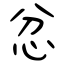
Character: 忿